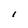
Character: l